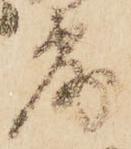
露